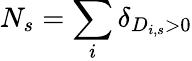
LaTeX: N_{s}=\sum_{i}\delta_{D_{i,s}>0}